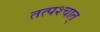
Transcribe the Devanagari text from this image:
तत्‍पश्‍चात्